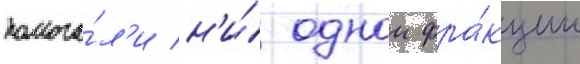
помога́л'и н'и́ однои фра́кции